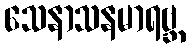
သေနာသနမာရဗ္ဘ